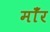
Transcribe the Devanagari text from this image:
माँर